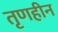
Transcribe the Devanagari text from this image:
तृणहीन